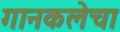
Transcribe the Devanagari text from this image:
गानकलेचा